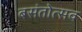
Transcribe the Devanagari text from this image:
बसंतोत्सव